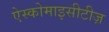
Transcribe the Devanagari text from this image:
ऐस्कोमाइसीटीज़